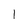
Character: 1